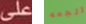
على الجعه